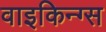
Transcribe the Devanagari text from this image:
वाइकिन्ग्स